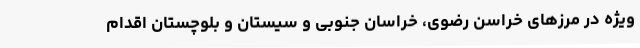
ویژه در مرزهای خراسن رضوی، خراسان جنوبی و سیستان و بلوچستان اقدام